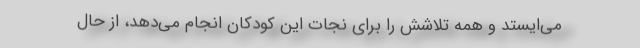
می‌ایستد و همه تلاشش را برای نجات این کودکان انجام می‌دهد، از حال